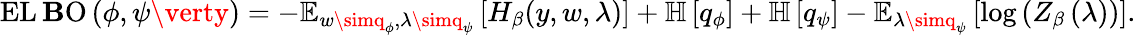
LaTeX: \operatorname{EL\mathbf{B}O}\left(\phi,\psi\verty\right)=-\operatorname{\mathbb{{E}}}_{w\simq_{\phi},\lambda\simq_{\psi}}\left[H_{\beta}(y,w,\lambda)\right]+\mathbb{{H}}\left[q_{\phi}\right]+\mathbb{{H}}\left[q_{\psi}\right]-\mathbb{{E}}_{\lambda\simq_{\psi}}\left[\log\left(Z_{\beta}\left(\lambda\right)\right)\right].